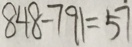
8 4 8 - 7 9 1 = 5 7